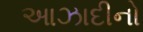
આઝાદીનો